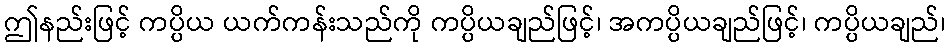
ဤနည်းဖြင့် ကပ္ပိယ ယက်ကန်းသည်ကို ကပ္ပိယချည်ဖြင့်၊ အကပ္ပိယချည်ဖြင့်၊ ကပ္ပိယချည်၊